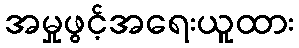
အမှုဖွင့်အရေးယူထား